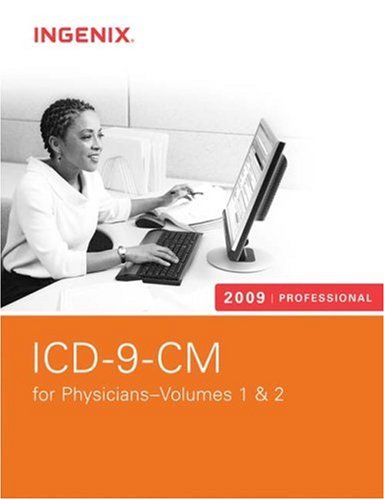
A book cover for ICD-9-CM Professional for Physicians, Volumes 1 & 2, 2009 Softbound (ICD-9-CM Code Book for Physicians (Professional)); Ingenix; Medical Books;